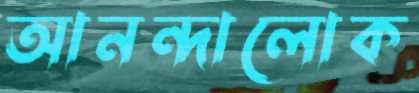
আনন্দালোক